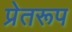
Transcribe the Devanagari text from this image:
प्रेतरूप